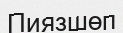
Пиязшөп